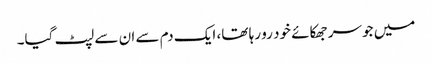
میں جو سر جھکائے خود رو رہا تھا، ایک دم سے ان سے لپٹ گیا۔